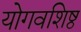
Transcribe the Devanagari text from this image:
योगवशिष्ठ